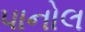
પાનોલ